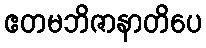
ဧတမဘိဇာနာတိပေ